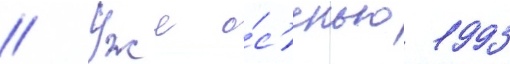
// Уже о́с'енью 1993